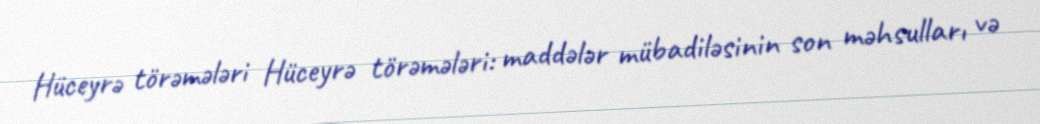
Hüceyrə törəmələri Hüceyrə törəmələri: maddələr mübadiləsinin son məhsulları və